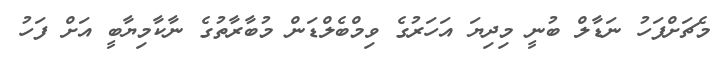
މެޗަށްފަހު ނަޑާލް ބުނީ މިދިޔަ އަހަރުގެ ވިމްބެލްޑަން މުބާރާތުގެ ނާކާމިޔާބީ އަށް ފަހު